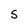
Character: S